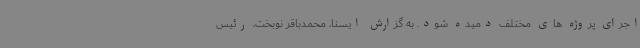
اجرای پروژه های مختلف دمیده شود. به گزارش ایسنا، محمدباقر نوبخت، رئیس